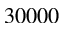
3 0 0 0 0